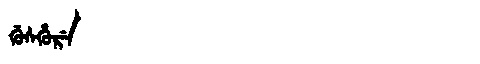
Manchu: ᡤᡠᠰᡥᡠᡵᡝ
Romanization: GUSHURE